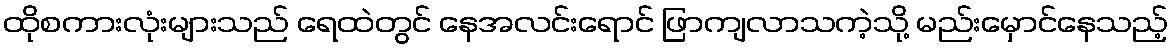
ထိုစကားလုံးများသည် ရေထဲတွင် နေအလင်းရောင် ဖြာကျလာသကဲ့သို့ မည်းမှောင်နေသည့်